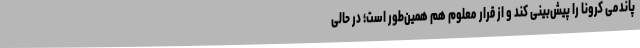
پاندمی کرونا را پیش‌بینی کند و از قرار معلوم هم همین‌طور است؛ در حالی